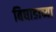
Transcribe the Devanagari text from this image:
बिघाडाच्या